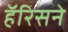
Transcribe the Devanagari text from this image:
हॅरिसने